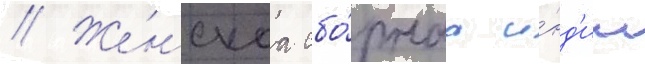
// Же́нскаа сбо́рнаа и́нд'ии